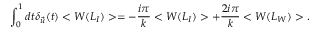
\int _ { 0 } ^ { 1 } d t \delta _ { \vec { u } } ( t ) < W ( L _ { I } ) > = - { \frac { i \pi } { k } } < W ( L _ { I } ) > + { \frac { 2 i \pi } { k } } < W ( L _ { W } ) > .